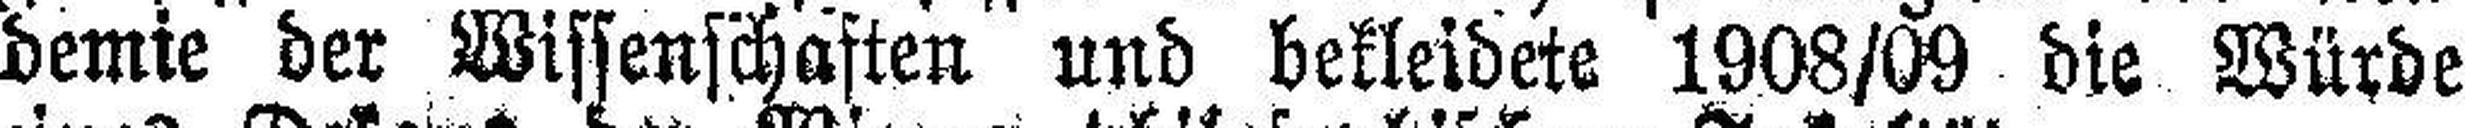
demie der Wissenschaften und bekleidete 1908/09 die Würde